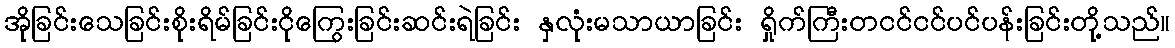
အိုခြင်းသေခြင်းစိုးရိမ်ခြင်းငိုကြွေးခြင်းဆင်းရဲခြင်း နှလုံးမသာယာခြင်း ရှိုက်ကြီးတငင်ငင်ပင်ပန်းခြင်းတို့သည်။